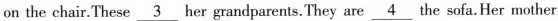
on the chair.These\underline{3}her grandparents. They are\underline{4} the sofa. Her mother